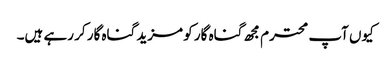
کیوں آپ محترم مجھ گناہ گار کو مزید گناہ گار کر رہے ہیں۔